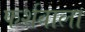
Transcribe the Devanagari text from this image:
फर्शवाला